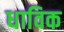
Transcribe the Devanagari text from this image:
धाविक